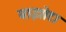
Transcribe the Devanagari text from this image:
वाझोटा